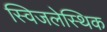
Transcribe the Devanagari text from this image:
स्विजलेस्थिक